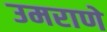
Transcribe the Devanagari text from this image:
उमराणे